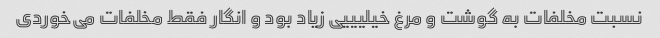
نسبت مخلفات به گوشت و مرغ خیلیییی زیاد بود و انگار فقط مخلفات می‌خوردی